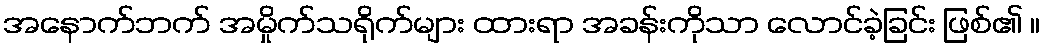
အနောက်ဘက် အမှိုက်သရိုက်များ ထားရာ အခန်းကိုသာ လောင်ခဲ့ခြင်း ဖြစ်၏ ။